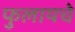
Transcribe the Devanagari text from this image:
फुलायचे